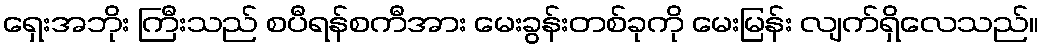
ရှေးအဘိုး ကြီးသည် စပီရန်စကီအား မေးခွန်းတစ်ခုကို မေးမြန်း လျက်ရှိလေသည်။